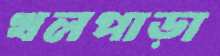
খলপাড়া